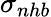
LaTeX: \sigma_{nhb}